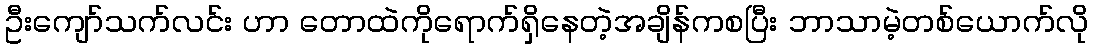
ဦးကျော်သက်လင်း ဟာ တောထဲကိုရောက်ရှိနေတဲ့အချိန်ကစပြီး ဘာသာမဲ့တစ်ယောက်လို